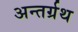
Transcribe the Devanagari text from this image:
अन्तर्ग्रथ